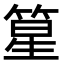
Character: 篂